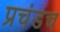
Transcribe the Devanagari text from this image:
प्रचंडच